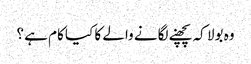
وہ بولا کہ پچھنے لگانے والے کا کیا کام ہے ؟